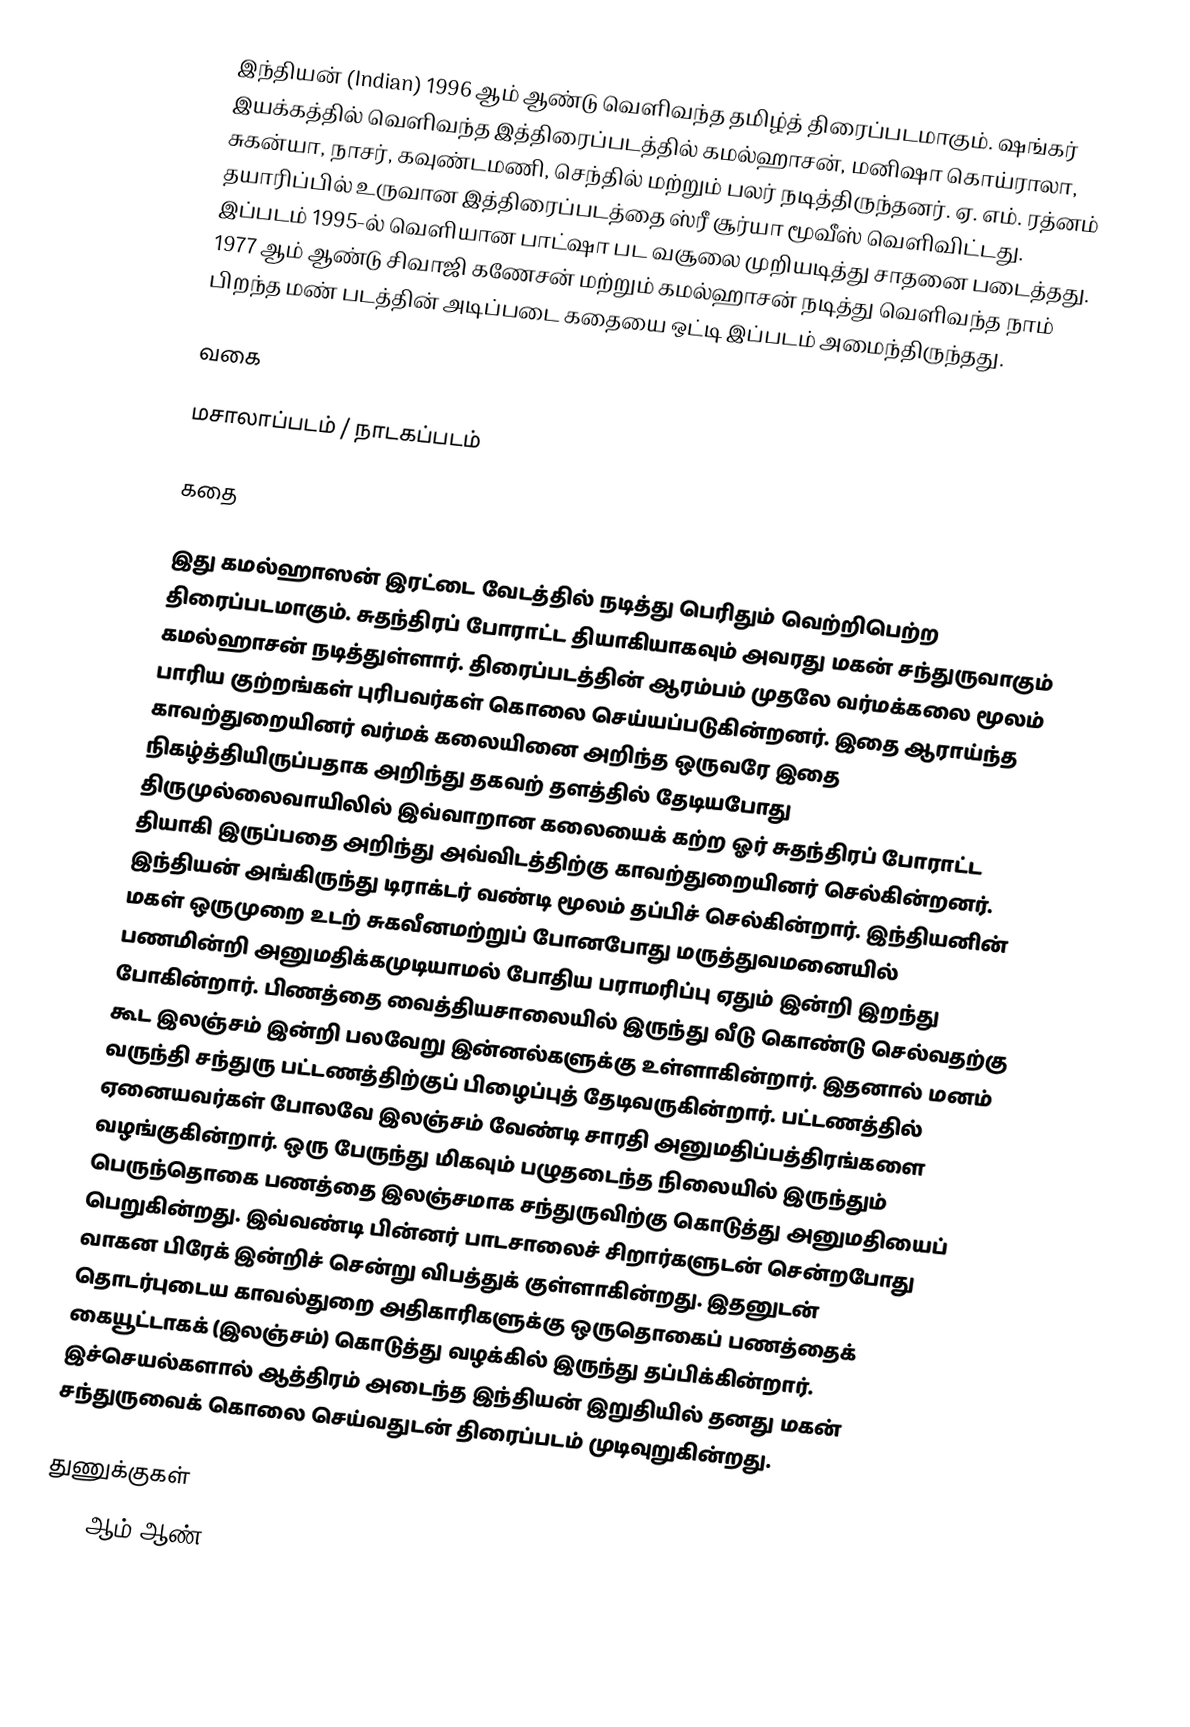
இந்தியன் (Indian) 1996 ஆம் ஆண்டு வெளிவந்த தமிழ்த் திரைப்படமாகும். ஷங்கர் இயக்கத்தில் வெளிவந்த இத்திரைப்படத்தில் கமல்ஹாசன், மனிஷா கொய்ராலா, சுகன்யா, நாசர், கவுண்டமணி, செந்தில் மற்றும் பலர் நடித்திருந்தனர். ஏ. எம். ரத்னம் தயாரிப்பில் உருவான இத்திரைப்படத்தை ஸ்ரீ சூர்யா மூவீஸ் வெளிவிட்டது. இப்படம் 1995-ல் வெளியான பாட்ஷா பட வசூலை முறியடித்து சாதனை படைத்தது. 1977 ஆம் ஆண்டு சிவாஜி கணேசன் மற்றும் கமல்ஹாசன் நடித்து வெளிவந்த நாம் பிறந்த மண் படத்தின் அடிப்படை கதையை ஒட்டி இப்படம் அமைந்திருந்தது.

வகை

மசாலாப்படம் / நாடகப்படம்

கதை

இது கமல்ஹாஸன் இரட்டை வேடத்தில் நடித்து பெரிதும் வெற்றிபெற்ற திரைப்படமாகும். சுதந்திரப் போராட்ட தியாகியாகவும் அவரது மகன் சந்துருவாகும் கமல்ஹாசன் நடித்துள்ளார். திரைப்படத்தின் ஆரம்பம் முதலே வர்மக்கலை மூலம் பாரிய குற்றங்கள் புரிபவர்கள் கொலை செய்யப்படுகின்றனர். இதை ஆராய்ந்த காவற்துறையினர் வர்மக் கலையினை அறிந்த ஒருவரே இதை நிகழ்த்தியிருப்பதாக அறிந்து தகவற் தளத்தில் தேடியபோது திருமுல்லைவாயிலில் இவ்வாறான கலையைக் கற்ற ஓர் சுதந்திரப் போராட்ட தியாகி இருப்பதை அறிந்து அவ்விடத்திற்கு காவற்துறையினர் செல்கின்றனர். இந்தியன் அங்கிருந்து டிராக்டர் வண்டி மூலம் தப்பிச் செல்கின்றார். இந்தியனின் மகள் ஒருமுறை உடற் சுகவீனமற்றுப் போனபோது மருத்துவமனையில் பணமின்றி அனுமதிக்கமுடியாமல் போதிய பராமரிப்பு ஏதும் இன்றி இறந்து போகின்றார். பிணத்தை வைத்தியசாலையில் இருந்து வீடு கொண்டு செல்வதற்கு கூட இலஞ்சம் இன்றி பலவேறு இன்னல்களுக்கு உள்ளாகின்றார். இதனால் மனம் வருந்தி சந்துரு பட்டணத்திற்குப் பிழைப்புத் தேடிவருகின்றார். பட்டணத்தில் ஏனையவர்கள் போலவே இலஞ்சம் வேண்டி சாரதி அனுமதிப்பத்திரங்களை வழங்குகின்றார். ஒரு பேருந்து மிகவும் பழுதடைந்த நிலையில் இருந்தும் பெருந்தொகை பணத்தை இலஞ்சமாக சந்துருவிற்கு கொடுத்து அனுமதியைப் பெறுகின்றது. இவ்வண்டி பின்னர் பாடசாலைச் சிறார்களுடன் சென்றபோது வாகன பிரேக் இன்றிச் சென்று விபத்துக் குள்ளாகின்றது. இதனுடன் தொடர்புடைய காவல்துறை அதிகாரிகளுக்கு ஒருதொகைப் பணத்தைக் கையூட்டாகக் (இலஞ்சம்) கொடுத்து வழக்கில் இருந்து தப்பிக்கின்றார். இச்செயல்களால் ஆத்திரம் அடைந்த இந்தியன் இறுதியில் தனது மகன் சந்துருவைக் கொலை செய்வதுடன் திரைப்படம் முடிவுறுகின்றது.

துணுக்குகள்
1996 ஆம் ஆண்